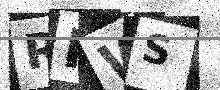
Text: RPWS